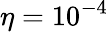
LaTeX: \eta=10^{-4}